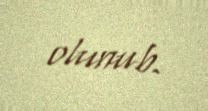
olunub.